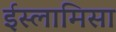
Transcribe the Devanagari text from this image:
ईस्लामिसा